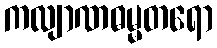
ကလျာဏဓမ္မတရော